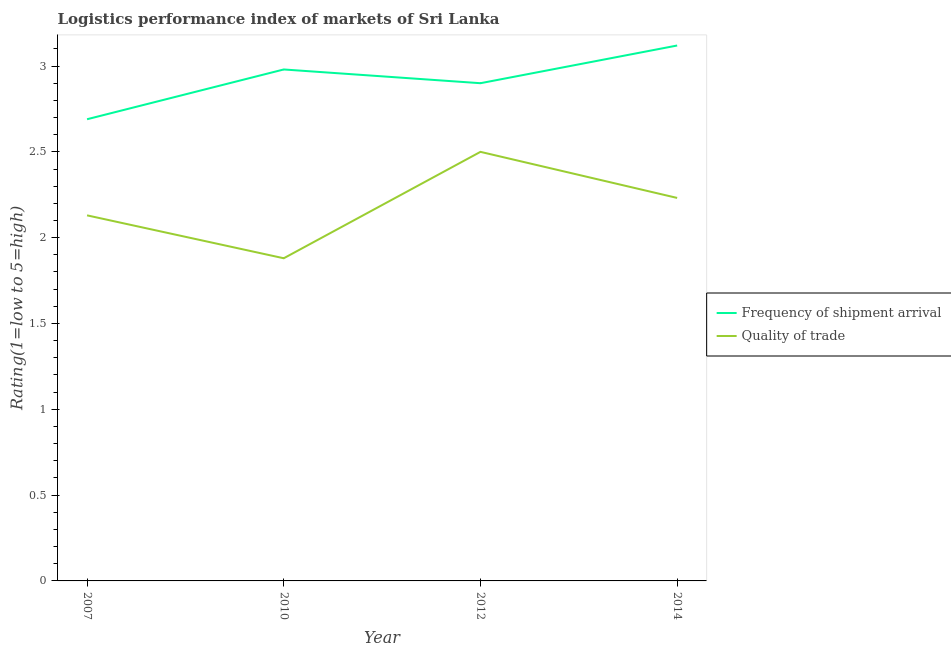
| Year | Frequency of shipment arrival | Quality of trade |
 | --- | --- | --- |
 | 2007 | 2.69 | 2.13 |
 | 2010 | 2.98 | 1.88 |
 | 2012 | 2.9 | 2.5 |
 | 2014 | 3.12 | 2.23 |